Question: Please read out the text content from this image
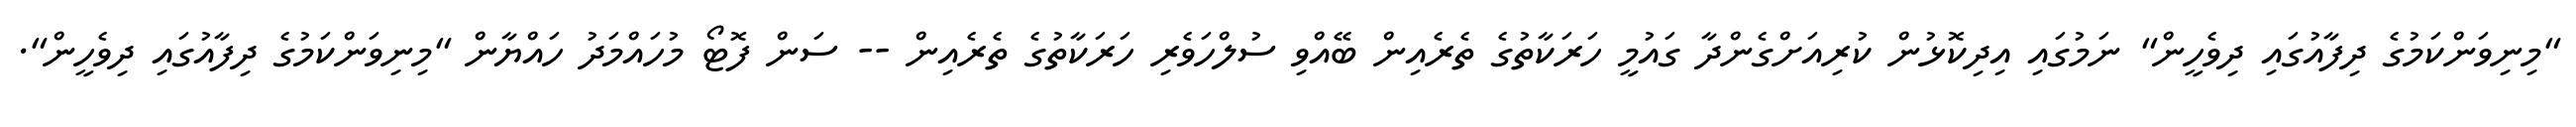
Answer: "މިނިވަންކަމުގެ ދިފާއުގައި ދިވެހީން" ނަމުގައި އިދިކޮޅުން ކުރިއަށްގެންދާ ގައުމީ ހަރަކާތުގެ ތެރެއިން ބޭއްވި ސުލްހަވެރި ހަރަކާތުގެ ތެރެއިން -- ސަން ފޮޓޯ މުހައްމަދު ހައްޔާން "މިނިވަންކަމުގެ ދިފާއުގައި ދިވެހީން".